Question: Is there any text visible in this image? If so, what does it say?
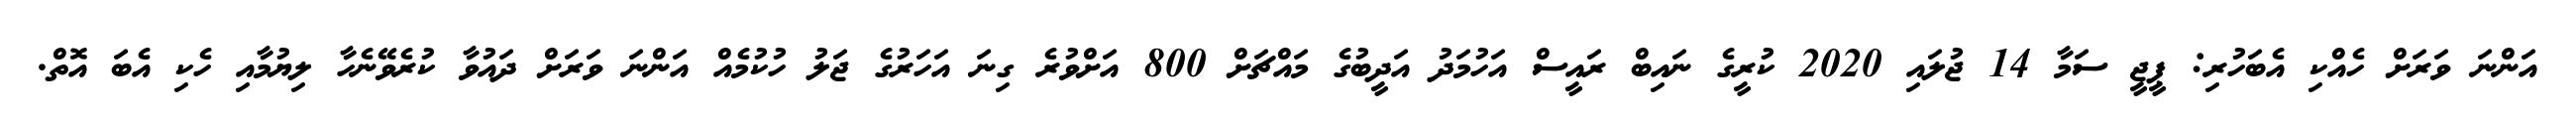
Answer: އަންނަ ވަރަށް ހެއްކި އެބަހުރި: ޕީޖީ ސަމާ 14 ޖުލައި 2020 ކުރީގެ ނައިބް ރައީސް އަހުމަދު އަދީބުގެ މައްޗަށް 800 އަށްވުރެ ގިނަ އަހަރުގެ ޖަލު ހުކުމެއް އަންނަ ވަރަށް ދައުވާ ކުރެވޭނެހާ ލިޔުމާއި ހެކި އެބަ އޮތް.